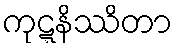
ကုဋ္ဋနိဿိတာ